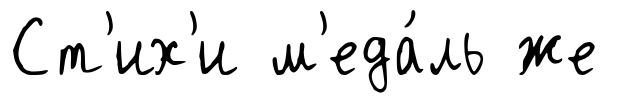
Ст'их'и м'еда́ль же